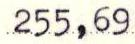
255,69